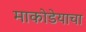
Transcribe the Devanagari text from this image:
माकोडेयाचा